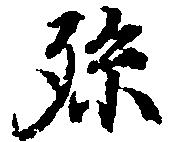
孫